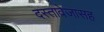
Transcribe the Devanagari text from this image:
दस्तावेजासह